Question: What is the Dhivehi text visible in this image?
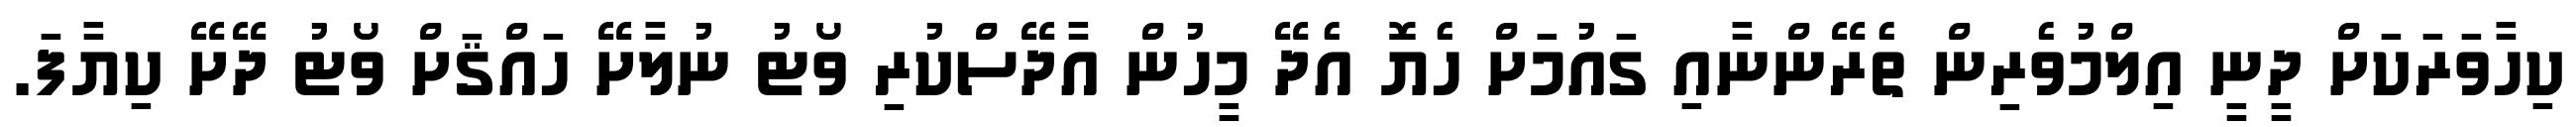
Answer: ކިހާވަރަކަށް ދީނީ އިލްމުވެރިން ތެރޭންނާއި ގައުމަށް ހެޔޮ އެދޭ މީހުން އާދޭސްކުރި ވޯޓު ނުލާށޭ ހައްޤަށް ވޯޓު ދޭށޭ ކިޔާފަ.